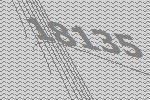
18135